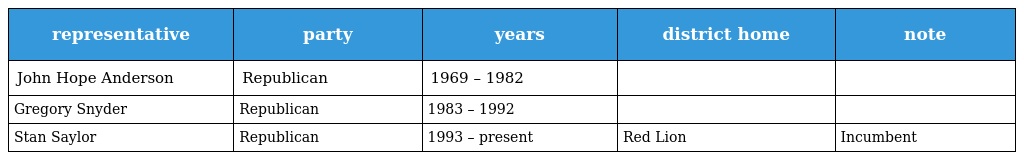
| representative | party | years | district home | note |
 | --- | --- | --- | --- | --- |
 | John Hope Anderson | Republican | 1969 – 1982 |  |  |
 | Gregory Snyder | Republican | 1983 – 1992 |  |  |
 | Stan Saylor | Republican | 1993 – present | Red Lion | Incumbent |